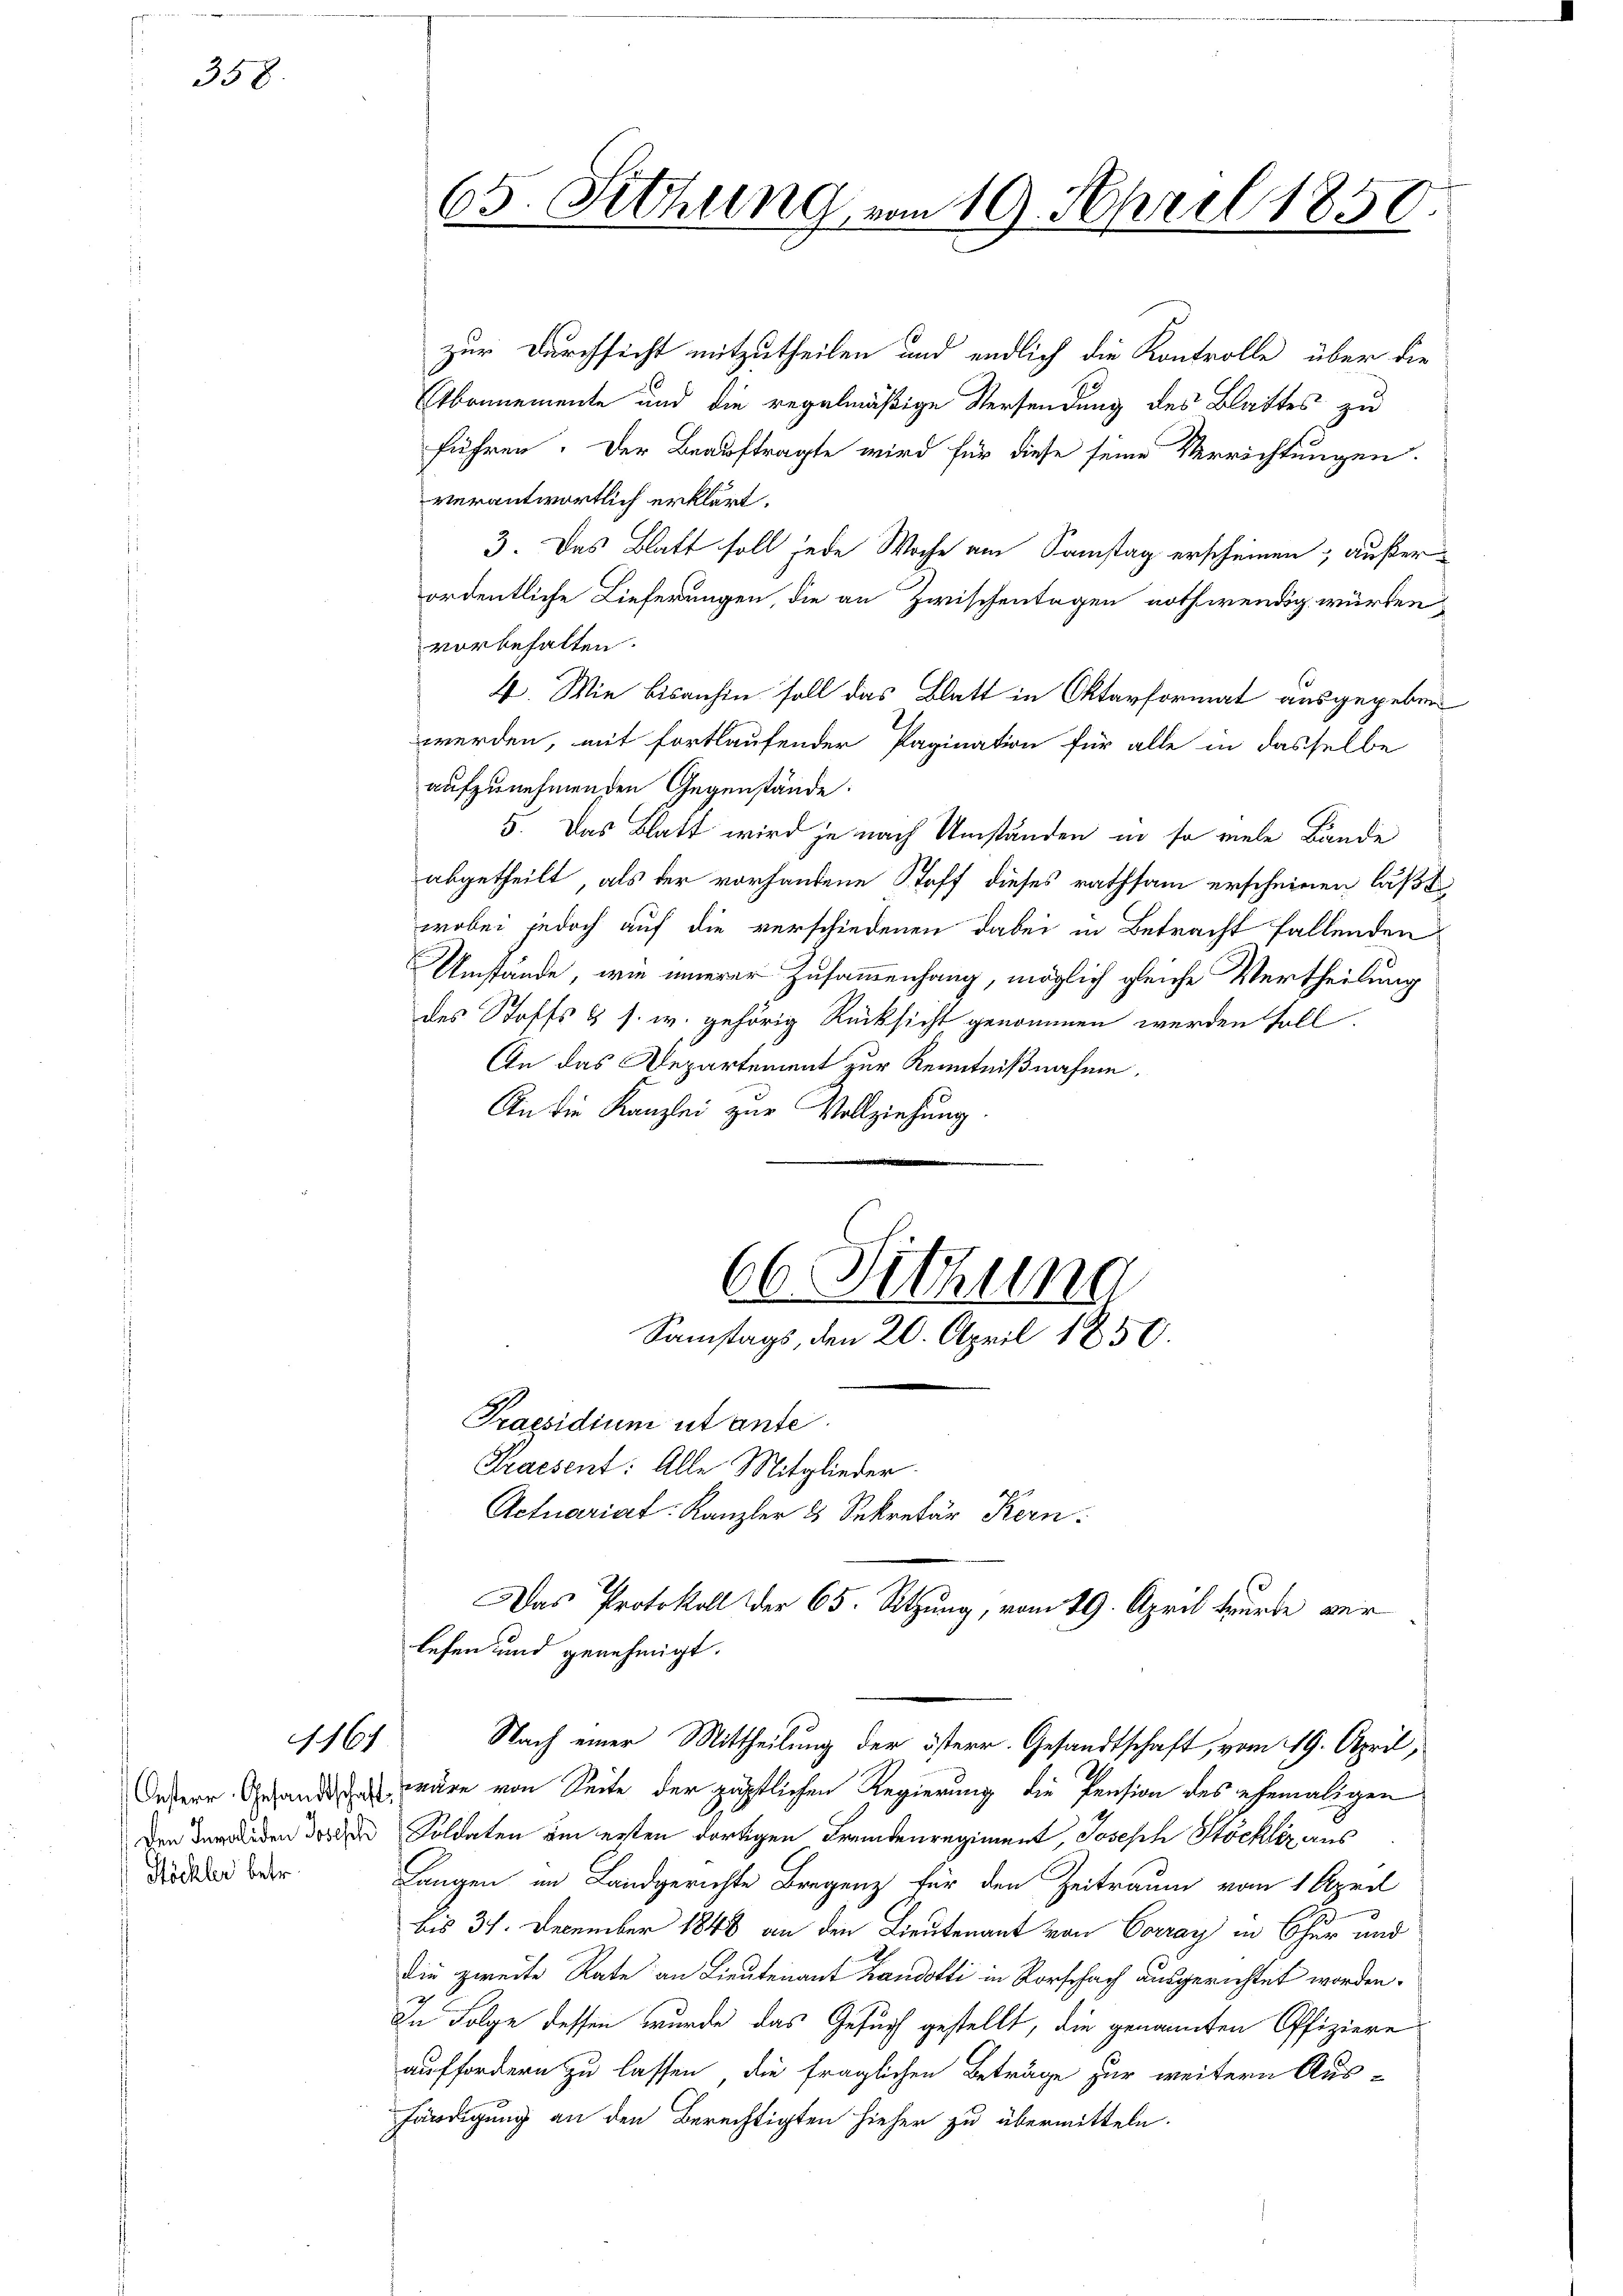
358.

1161

Stöckler betr.

65. Setzung vom 19. April 1850.

zur Durchsicht mitzutheilen und endlich die Kontrolle über die
Abonnemente und die regelmäßige Versendung des Blattes zu
führen. Der Beauftragte wird für diese seine Verrichtungen.
verantwortlich erklärt.
3. Das Blatt soll jede Woche am Samstag erscheinen, außerordentliche Lieferungen, die an Zwischentagen nothwendig würden,
vorbehalten.
4. Wie bisanhin soll das Blatt in Oktavformat ausgegeben
werden, mit fortlaufender Pagination für alle in dasselbe
aufzunehmenden Gegenstände:
5. Das Blatt wird je nach Umständen in so viele Bände
abgetheilt, als der vorhandene Stoff dieses rathsam erscheinen läßt,
wobei jedoch auf die verschiedenen dabei in Betracht fallenden
Umstände, wie innerer Zusammenhang, möglich gleiche Vertheilung
des Stoffs & s. w. gehörig Rücksicht genommen werden soll.
An das Departement zur Kenntnißnahme,
An die Kanzlei zur Vollziehung
66. Sitzung
Samstags, den 20. April 1850.
Praesidium utante
Praesent: Alle Mitglieder.
Actuariat: Kanzler 3 Sekretär Kern
Das Protokoll der 65. Setzung, vom 29. April wurde verlesen und genehmigt.
Nach einer Mittheilung der österr. Gesandtschaft, vom 19. April,
eser Gesandt wäre von Seite der päpstlichen Regierung die Pension des ehemaligen
Den den der der Soldaten um ersten dortigen Fremdenregiment, Joseph Stöckler aus
Langen im Landgerichte Bregenz für den Zeitraum vom 1 April
bis 37. December 1848 an den Lieutenant von Corray in Chur und
die zweite Rate an Lieutenant Landotti in Rorschach ausgerichtet worden.
In Folge dessen wurde das Gesuch gestellt, die genannten Offiziere
auffordern zu lassen, die fraglichen Beträge zur weitern Aus-
händigung an den Berechtigten hieher zu übermitteln.